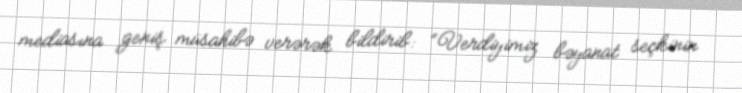
mediasına geniş müsahibə verərək bildirib: “Verdiyimiz bəyanat seçkinin